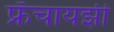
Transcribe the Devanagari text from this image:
फ्रँचायझी